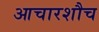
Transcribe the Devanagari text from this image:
आचारशौच